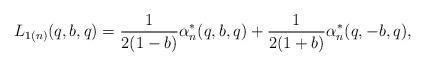
LaTeX: \begin{align*}L_{1(n)}(q,b,q)=\frac{1}{2(1-b)}\alpha^{*}_n(q,b, q) +\frac{1}{2(1+b)}\alpha^{*}_n(q,-b, q),\end{align*}